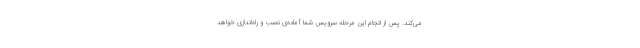
می‌کند. پس از انجام این مرحله سرویس شما آماده‌ی نصب و راه‌اندازی خواهد